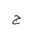
Letter: _gim